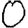
Digit: 0